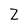
Character: Z